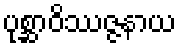
ပုစ္ဆာဝိဿဇ္ဇနာယ